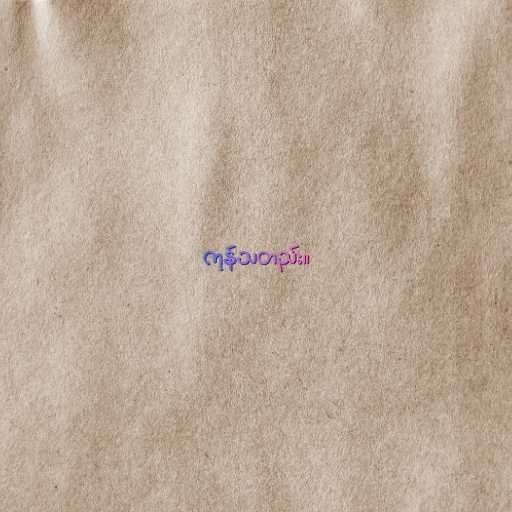
ကုန်သတည်း။